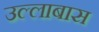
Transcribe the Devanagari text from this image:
उल्लाबास